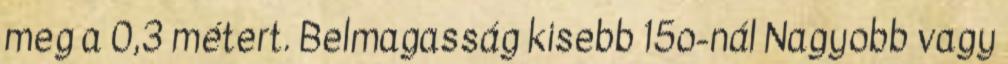
meg a 0,3 métert. Belmagasság kisebb 15o-nál Nagyobb vagy